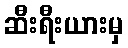
ဆီးရီးယားမှ